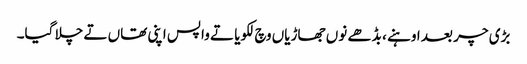
بڑی چر بعد اوہنے ، بڈھے نوں جھاڑیاں وچ لکویا تے واپس اپنی تھاں تے چلا گیا۔